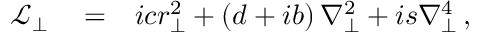
\begin{array} { r l r } { \mathcal { L } _ { \perp } } & { { } = } & { i c r _ { \perp } ^ { 2 } + \left( d + i b \right) \nabla _ { \perp } ^ { 2 } + i s \nabla _ { \perp } ^ { 4 } \, , } \end{array}